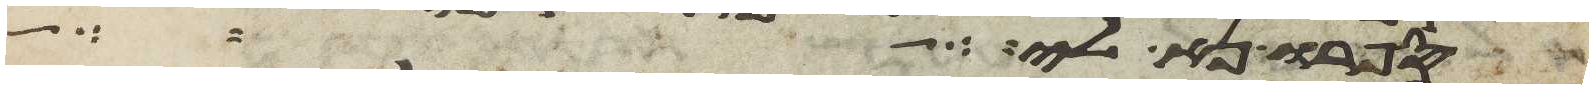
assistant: ספרו נא לי